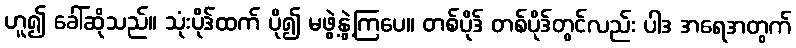
ဟူ၍ ခေါ်ဆိုသည်။ သုံးပိုဒ်ထက် ပို၍ မဖွဲ့နွဲ့ကြပေ။ တစ်ပိုဒ် တစ်ပိုဒ်တွင်လည်း ပါဒ အရေအတွက်